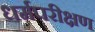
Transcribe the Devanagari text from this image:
धर्मपरीक्षण